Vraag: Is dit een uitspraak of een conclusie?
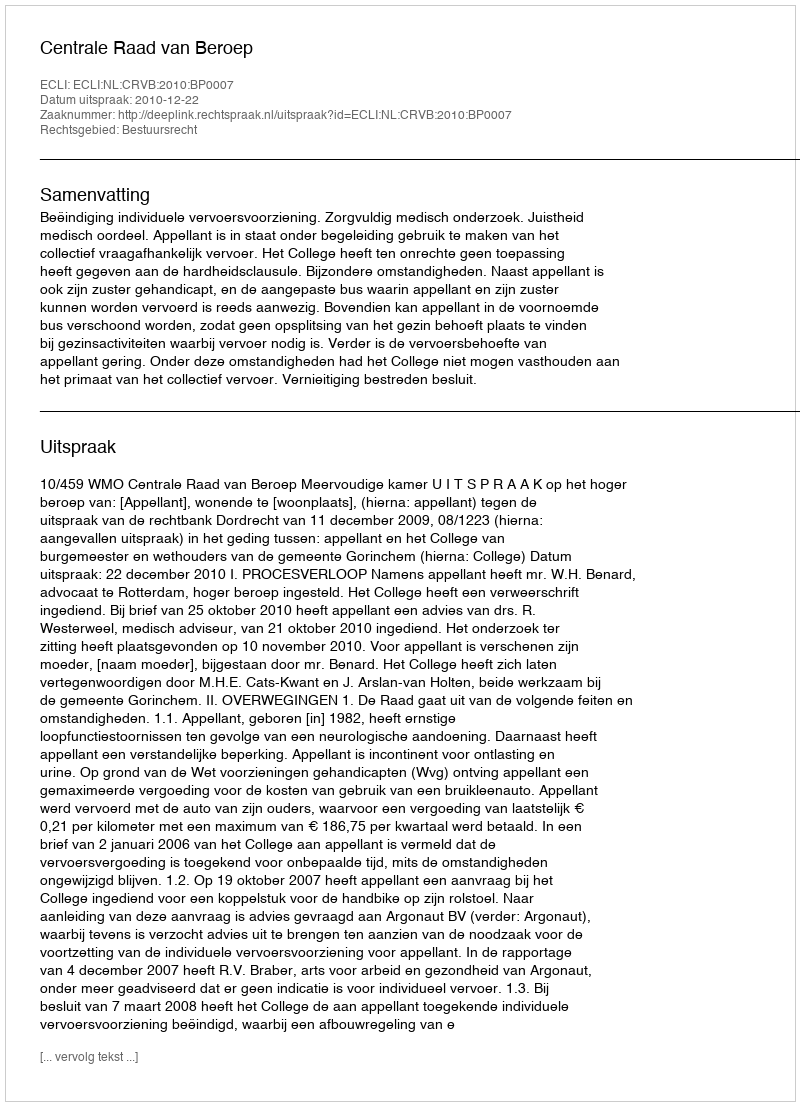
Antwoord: Uitspraak